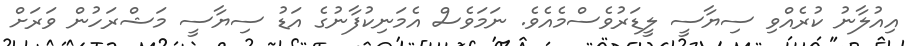
އިއުލާނު ކުރެއްވި ސިޔާސީ ލީޑަރުވެސްމެއެވެ. ނަމަވެސް އެމަނިކުފާނުގެ އަޑު ސިޔާސީ މަޝްރަހުން ވަރަށް